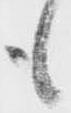
も